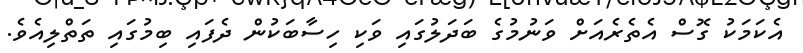
އެކަމަކު ގޮސް އެތެރެއަށް ވަނުމުގެ ބަދަލުގައި ވަކި ހިސާބަކުން ދެފައި ބިމުގައި ތަތްލިއެވެ.